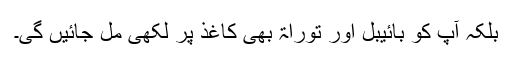
بلکہ آپ کو بائیبل اور توراۃ بھی کاغذ پر لکھی مل جائیں گی۔